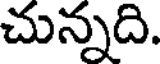
చున్నది.